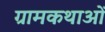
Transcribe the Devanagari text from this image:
ग्रामकथाओं